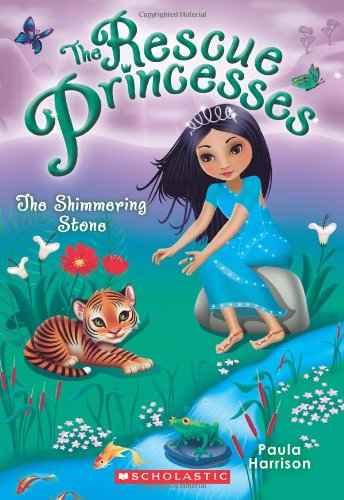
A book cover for Rescue Princesses #8: The Shimmering Stone; Paula Harrison; Children's Books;